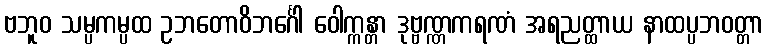
ဗဘူဝ သမ္ပကမ္ပထ ဥဘတောဝိဘင်္ဂေါ ဝေါက္ကန္တာ ဒုဗ္ဗဏ္ဏကရဏံ အရညတ္ထာယ နာထပ္ပဘဝတ္တာ